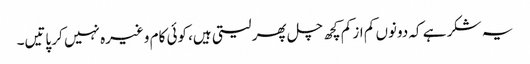
یہ شکر ہے کہ دونوں کم از کم کچھ چل پھر لیتی ہیں، کوئی کام وغیرہ نہیں کر پاتیں۔